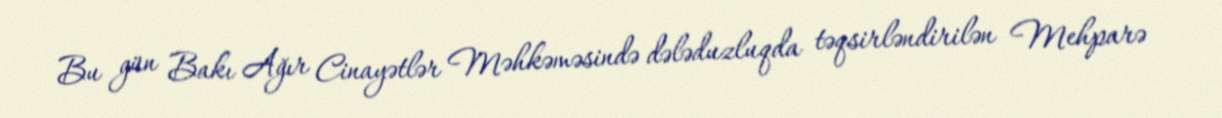
Bu gün Bakı Ağır Cinayətlər Məhkəməsində dələduzluqda təqsirləndirilən Mehparə